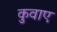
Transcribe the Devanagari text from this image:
कुवाए